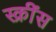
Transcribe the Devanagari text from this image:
स्क्रींस